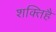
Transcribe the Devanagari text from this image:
शक्तिहै